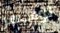
لوسيفر